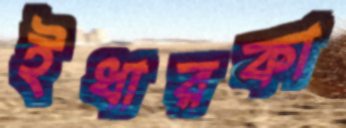
ইধারকা